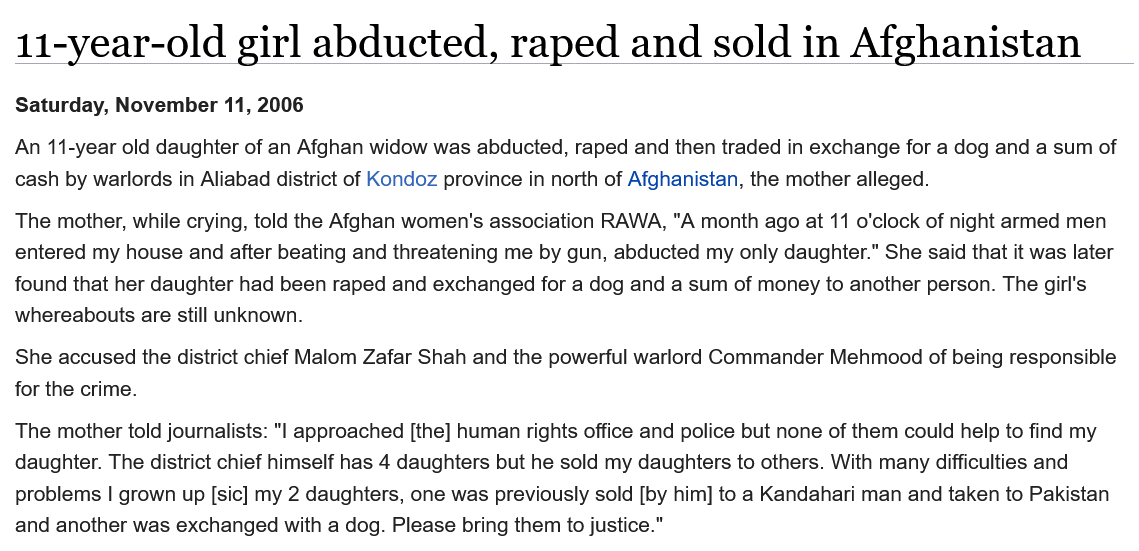
11-year-old    girl   abducted,    raped    and    sold    in   Afghanistan
  She accused the district chief Malom Zafar Shah and the powerful warlord Commander Mehmood of being responsible
  for the crime.
  Saturday, November 11, 2006
  The mother told journalists: "I approached [the] human rights office and police but none of them could help to find my
  daughter. The district chief himself has 4 daughters but he sold my daughters to others. With many difficulties and
  problems | grown up [sic] my 2 daughters, one was previously sold [by him] to a Kandahari man and taken to Pakistan
  and another was exchanged with a dog. Please bring them to justice."
  The mother, while crying, told the Afghan women's association RAWA, "A month ago at 11 o'clock of night armed men
  entered my house and after beating and threatening me by gun, abducted my only daughter." She said that it was later
  found that her daughter had been raped and exchanged for a dog and a sum of money to another person. The girl's
  whereabouts are still unknown.
  An 11-year old daughter of an Afghan widow was abducted, raped and then traded in exchange for a dog and a sum of
  cash by warlords in Aliabad district of Kondoz province in north of Afghanistan, the mother alleged.